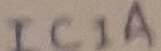
Text: IC1A